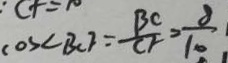
\cos \angle B C F = \frac { B C } { C F } = \frac { 8 } { 1 0 }